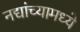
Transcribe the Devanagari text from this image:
नद्यांच्यामध्ये